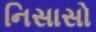
નિસાસો